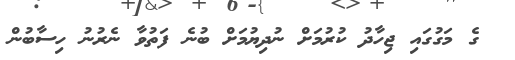
ގެ މަގުގައި ޖިހާދު ކުރުމަށް ނުދިޔުމަށް ބުނެ ފަތުވާ ނެރުނު ހިސާބުން